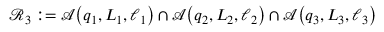
\mathscr { R } _ { 3 } : = \mathscr { A } \! \left( q _ { 1 } , L _ { 1 } , \ell _ { 1 } \right) \cap \mathscr { A } \! \left( q _ { 2 } , L _ { 2 } , \ell _ { 2 } \right) \cap \mathscr { A } \! \left( q _ { 3 } , L _ { 3 } , \ell _ { 3 } \right)